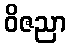
ဝိဇညာ